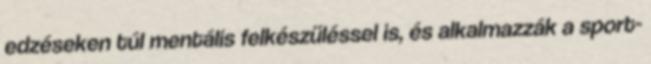
edzéseken túl mentális felkészüléssel is, és alkalmazzák a sport-